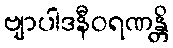
ဗျာပါဒနီဝရဏန္တိ